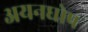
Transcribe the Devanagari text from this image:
अयनघोष